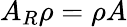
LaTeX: A_{R}\rho=\rho A